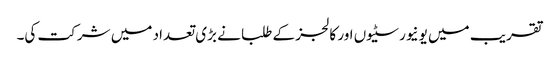
تقریب میں یونیورسٹیوں اور کالجز کے طلبا نے بڑی تعداد میں شرکت کی۔